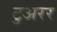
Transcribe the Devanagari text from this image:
टुअरर